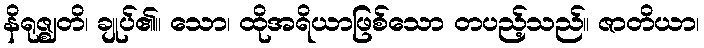
နိရုဇ္ဈတိ၊ ချုပ်၏။ သော၊ ထိုအရိယာဖြစ်သော တပည့်သည်။ ဇာတိယာ၊